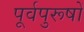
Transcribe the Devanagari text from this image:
पूर्वपुरूषों